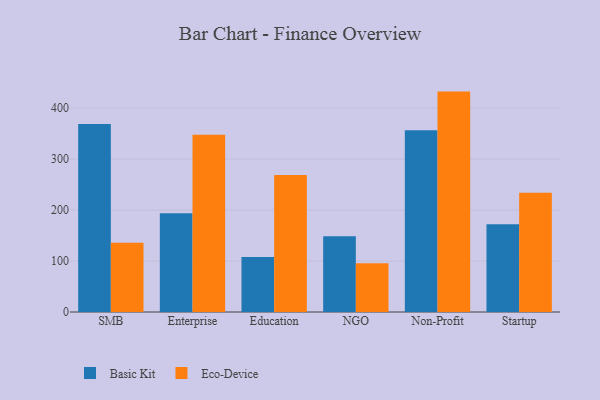
{"axis": {"x": "Segment", "y": "Churn Rate (%)"}, "legend": ["Basic Kit", "Eco-Device"], "data": [{"x": "SMB", "y": 369.1, "type": "Basic Kit"}, {"x": "SMB", "y": 136.0, "type": "Eco-Device"}, {"x": "Enterprise", "y": 193.8, "type": "Basic Kit"}, {"x": "Enterprise", "y": 347.7, "type": "Eco-Device"}, {"x": "Education", "y": 107.8, "type": "Basic Kit"}, {"x": "Education", "y": 268.6, "type": "Eco-Device"}, {"x": "NGO", "y": 148.5, "type": "Basic Kit"}, {"x": "NGO", "y": 95.5, "type": "Eco-Device"}, {"x": "Non-Profit", "y": 356.9, "type": "Basic Kit"}, {"x": "Non-Profit", "y": 432.5, "type": "Eco-Device"}, {"x": "Startup", "y": 172.4, "type": "Basic Kit"}, {"x": "Startup", "y": 234.2, "type": "Eco-Device"}]}